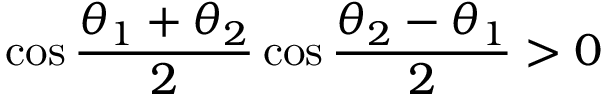
\cos \frac { \theta _ { 1 } + \theta _ { 2 } } { 2 } \cos \frac { \theta _ { 2 } - \theta _ { 1 } } { 2 } > 0